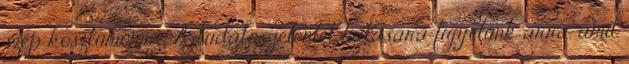
szép kosztümömre. A tudatos jelenlét hatására figyelünk arra, amit